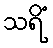
သရိံ